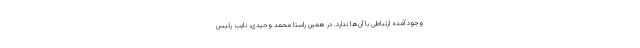
وجود آمده ارتباطی با آن‌ها ندارد. در همین راستا محمد وحیدی، نایب رئیس